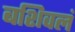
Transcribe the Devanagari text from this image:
बशिवलं